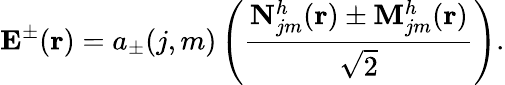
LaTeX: \mathbf{E}^{\pm}(\mathbf{r})=a_{\pm}(j,m)\left(\frac{\mathbf{N}_{jm}^{h}(\mathbf{r})\pm\mathbf{M}_{jm}^{h}(\mathbf{r})}{\sqrt{2}}\right).